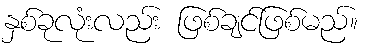
နှစ်ခုလုံးလည်း ဖြစ်ချင်ဖြစ်မည်။